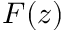
F ( z )